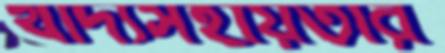
খাদ্যসহায়তার